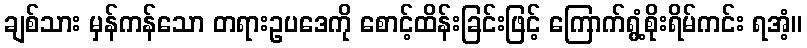
ချစ်သား မှန်ကန်သော တရားဥပဒေကို စောင့်ထိန်းခြင်းဖြင့် ကြောက်ရွံ့စိုးရိမ်ကင်း ရအံ့။